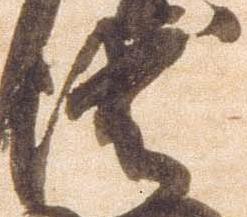
衛